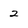
Character: 2